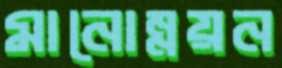
মানোন্নয়ন